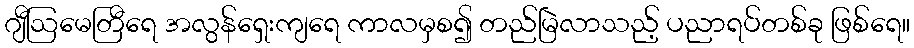
ဂျီဩမေတြီရေ အလွန်ရှေးကျရေ ကာလမှစ၍ တည်မြဲလာသည့် ပညာရပ်တစ်ခု ဖြစ်ရေ။